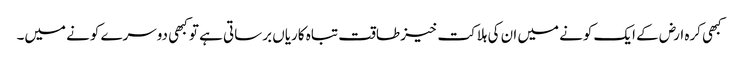
کبھی کرہ ارض کے ایک کونے میں ان کی ہلاکت خیز طاقت تباہ کاریاں برساتی ہے تو کبھی دوسرے کونے میں۔